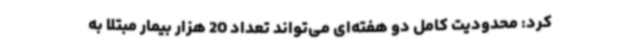
کرد: محدودیت کامل دو هفته‌ای می‌تواند تعداد 20 هزار بیمار مبتلا به